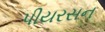
પીયરસન